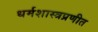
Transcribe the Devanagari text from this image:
धर्मशास्त्रप्रणीत